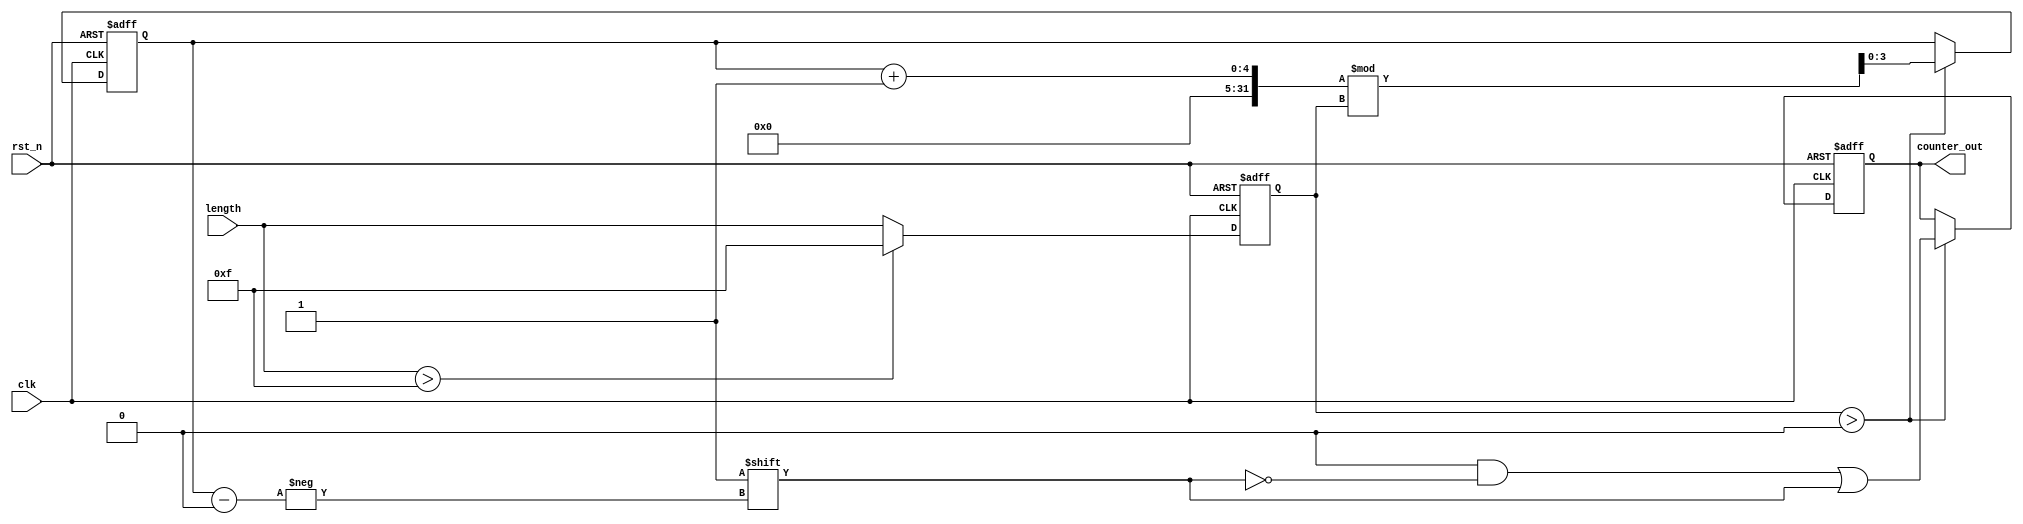
module variable_length_ring_counter (
    input wire clk,               // Clock input
    input wire rst_n,             // Asynchronous reset (active low)
    input wire [3:0] length,      // Configuration for length (up to 15)
    output reg [15:0] counter_out  // Output for the state of the counter (16-bit)
);

    // Maximum length for safety
    parameter MAX_LENGTH = 15;
    
    // Internal state variable to determine the current ring counter position
    reg [3:0] current_pos;        // Current active position in the ring
    reg [3:0] adjusted_length;     // Adjusted length based on input

    always @(posedge clk or negedge rst_n) begin
        if (!rst_n) begin
            // Asynchronous reset
            counter_out <= 16'b0000000000000001;  // Initialize counter (first flip-flop active)
            current_pos <= 0;
            adjusted_length <= 0;
        end else begin
            // Adjust length and ensure it is within the defined limits
            if (length > MAX_LENGTH) begin
                adjusted_length <= MAX_LENGTH;
            end else begin
                adjusted_length <= length;
            end

            // Update the ring counter only if length is non-zero
            if (adjusted_length > 0) begin
                // Clear the current output state
                counter_out <= 16'b0;
                // Set the new active position
                current_pos <= (current_pos + 1) % adjusted_length; 
                counter_out[current_pos] <= 1'b1; // Activate the current position
            end
        end
    end
endmodule